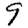
Digit: 9